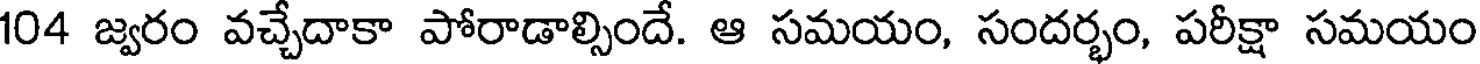
104 జ్వరం వచ్చేదాకా పోరాడాల్సిందే. ఆ సమయం, సందర్భం, పరీక్షా సమయం